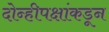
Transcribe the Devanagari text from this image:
दोन्हीपक्षांकडून